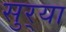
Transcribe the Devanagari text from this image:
सुर्‍या